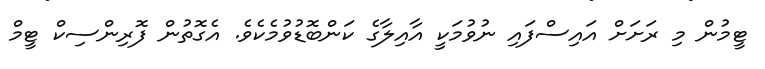
ޓީމުން މި ރަށަށް އައިސްފައި ނުވުމަކީ އާއިލާގެ ކަންބޮޑުވުމެކެވެ. އެގޮތުން ފޮރިންސިކް ޓީމް